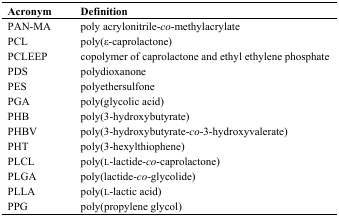
<table><thead><tr><td><b>Acronym</b></td><td><b>Definition</b></td></tr></thead><tbody><tr><td>PAN-MA</td><td>poly acrylonitrile-<i>co</i>-methylacrylate</td></tr><tr><td>PCL</td><td>poly(ɛ-caprolactone)</td></tr><tr><td>PCLEEP</td><td>copolymer of caprolactone and ethyl ethylene phosphate</td></tr><tr><td>PDS</td><td>polydioxanone</td></tr><tr><td>PES</td><td>polyethersulfone</td></tr><tr><td>PGA</td><td>poly(glycolic acid)</td></tr><tr><td>PHB</td><td>poly(3-hydroxybutyrate)</td></tr><tr><td>PHBV</td><td>poly(3-hydroxybutyrate-<i>co</i>-3-hydroxyvalerate)</td></tr><tr><td>PHT</td><td>poly(3-hexylthiophene)</td></tr><tr><td>PLCL</td><td>poly(l-lactide-<i>co</i>-caprolactone)</td></tr><tr><td>PLGA</td><td>poly(lactide-<i>co</i>-glycolide)</td></tr><tr><td>PLLA</td><td>poly(l-lactic acid)</td></tr><tr><td>PPG</td><td>poly(propylene glycol)</td></tr></tbody></table>